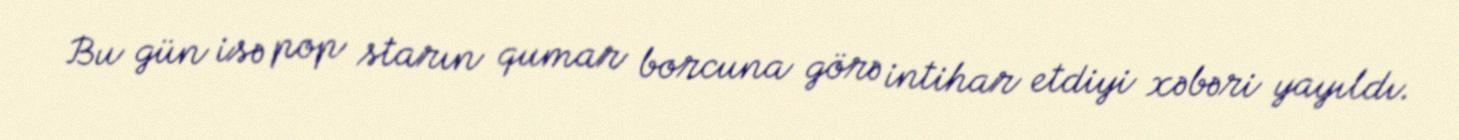
Bu gün isə pop starın qumar borcuna görə intihar etdiyi xəbəri yayıldı.